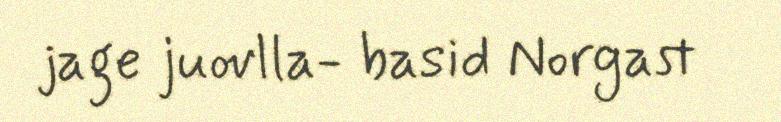
jage juovlla- basid Norgast